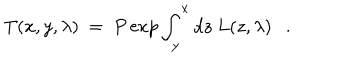
LaTeX: T ( x , y , \lambda ) ~ = ~ P \exp \int _ { y } ^ { x } d z ~ L ( z , \lambda ) .